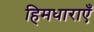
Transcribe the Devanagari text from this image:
हिमधाराएँ